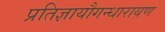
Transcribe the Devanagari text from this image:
प्रतिज्ञायौगन्धारायण